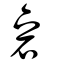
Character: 碞